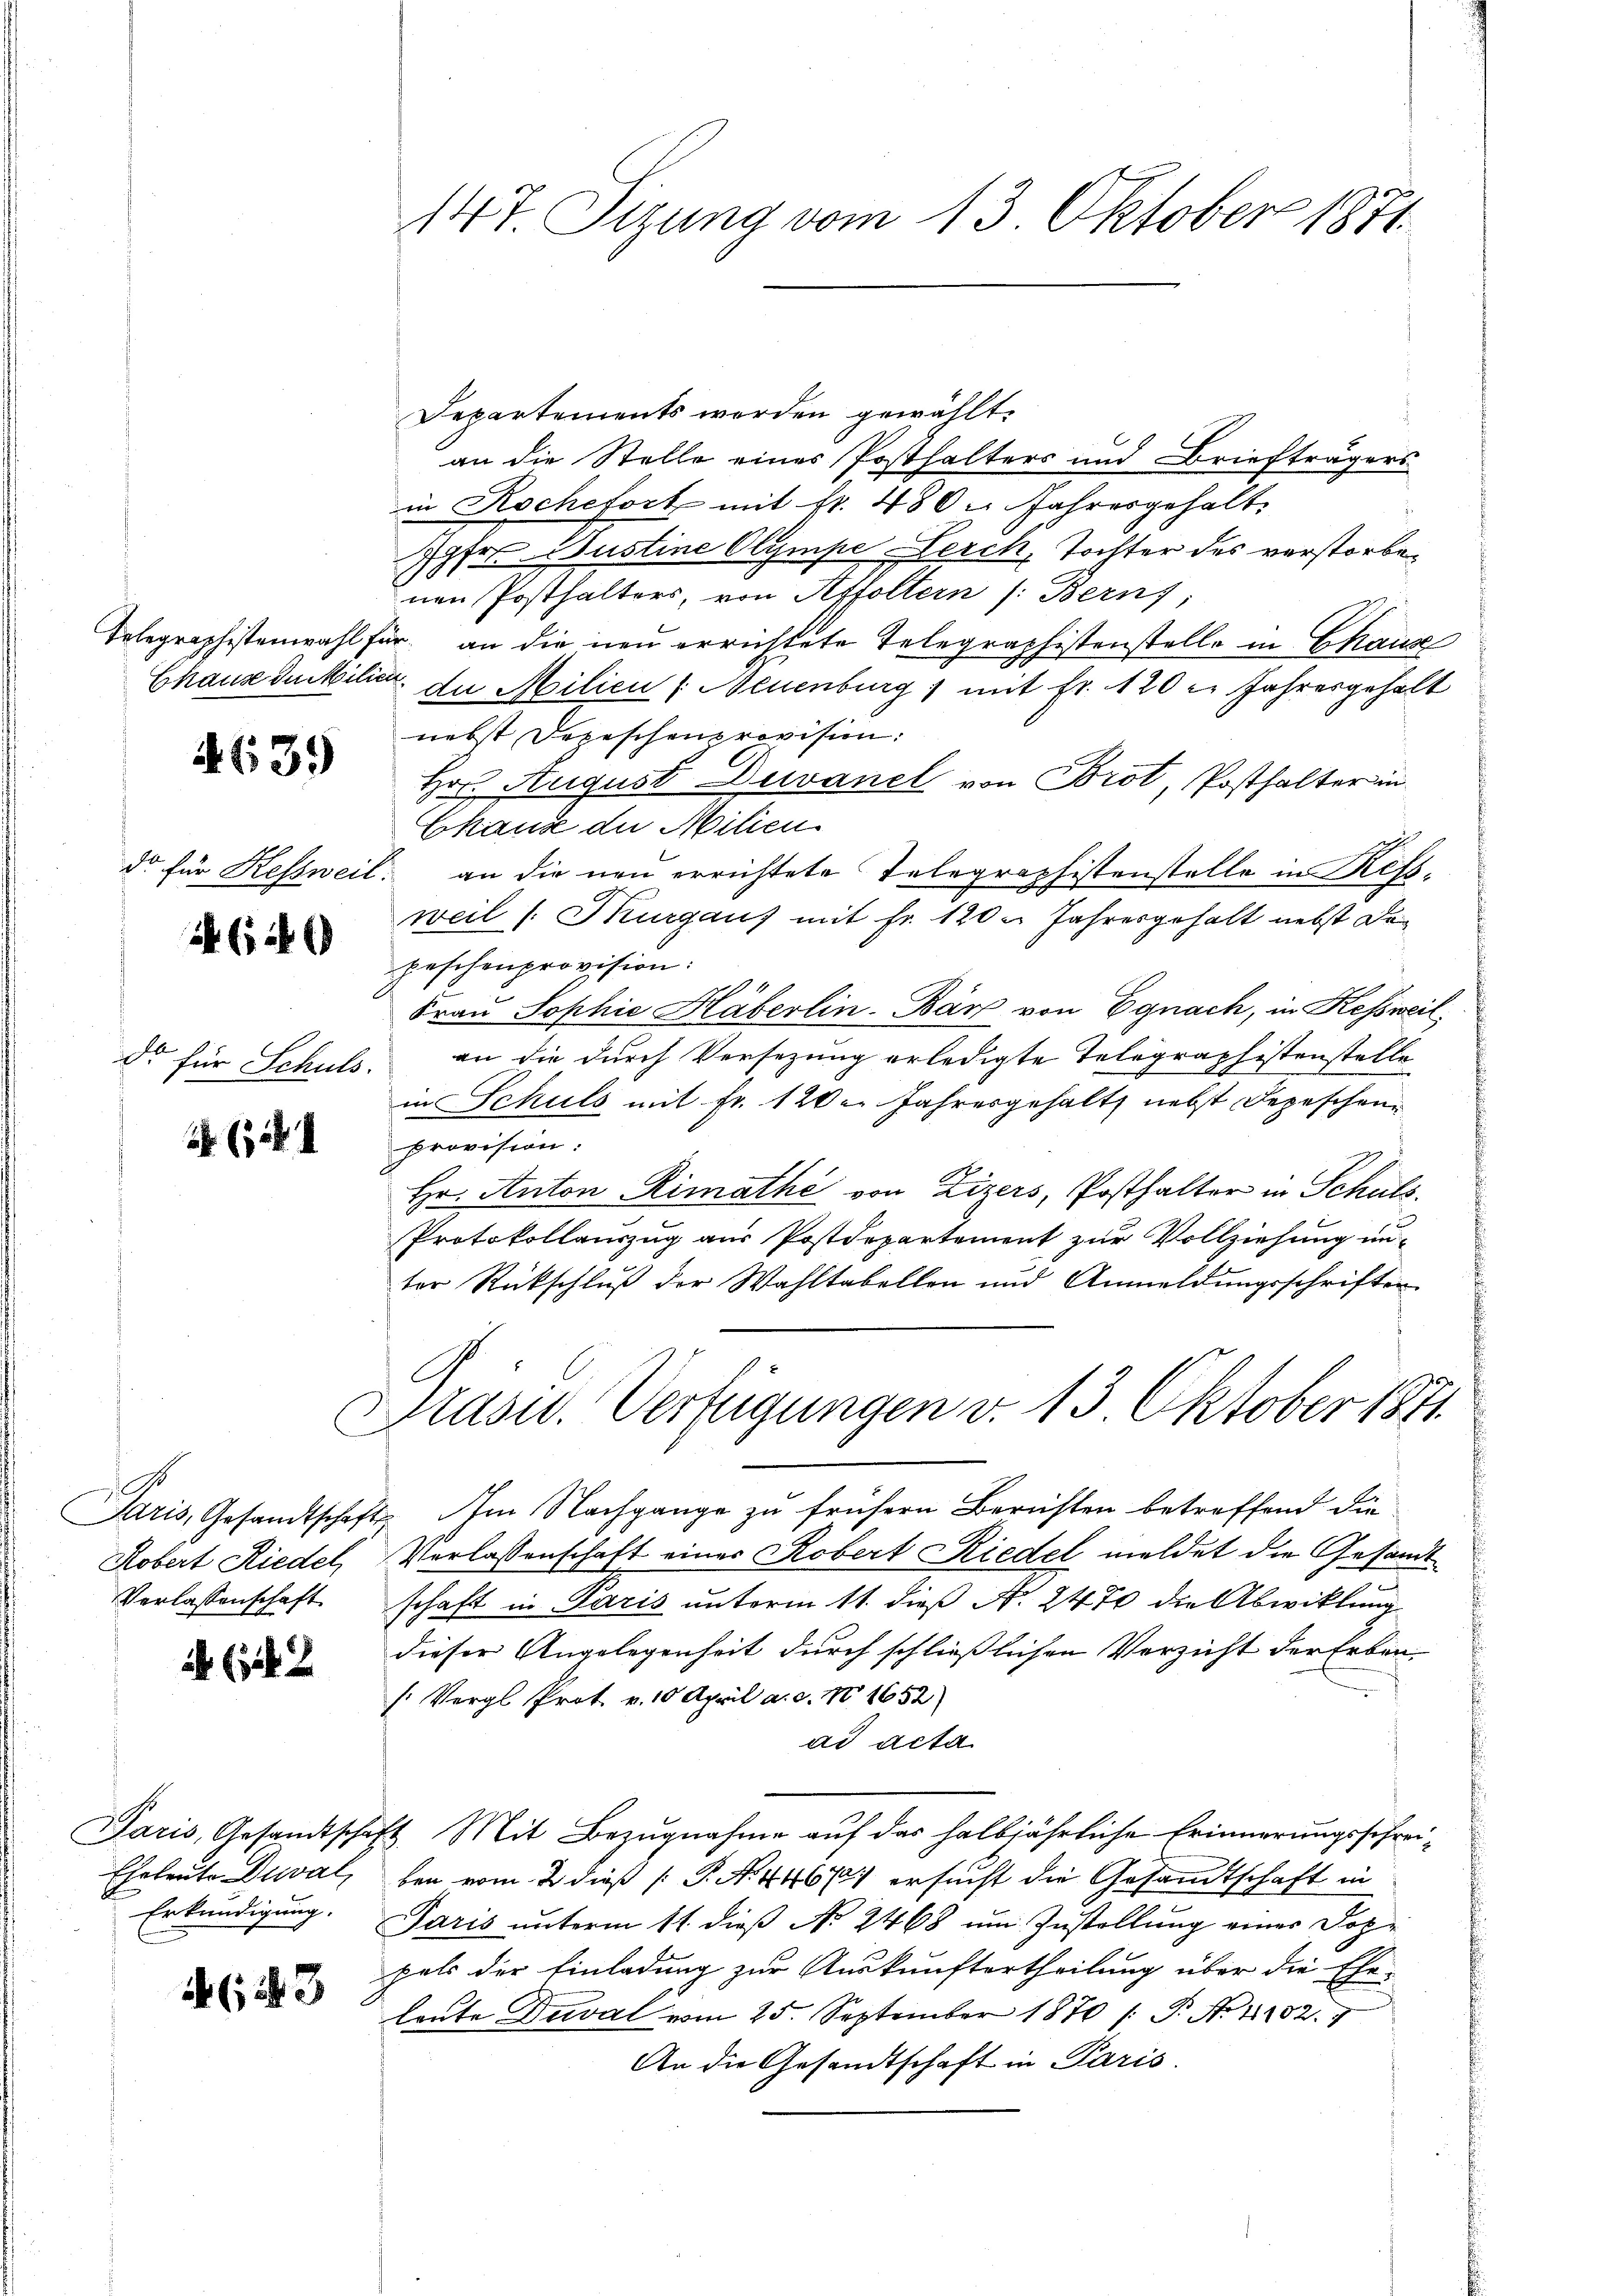
147. Sizung vom 13. Oktober 1871

Departements werden gewählt.
an die Stelle eines Posthalters und Briefträgers
in Rochefort mit Fr. 480. Jahresgehalt
Jpfer Justine Olympe Lerch, Tochter des verstorbenen Posthalters, von Affoltern /: Bern;
Telegraphistenwahl für an die neu errichtete Telegraphistenstelle in Chause
Chause du kilien zu Milien (Neuenburg mit Fr. 120 l. Jahresgehalt
nebst Depeschenprovision:
Hrn. August Duvanel von Brot, Posthalter in
Ekauze der Milien.
do für Kessweil an die neu errichtete Telegraphistenstelle in Refsweil (Murgaus mit Fr. 120. Jahresgehalt nebst de
peschenprovision:
Frau Sophie Häberlin-Bär von Egnach, in Kessweil
an die durch Versezung erledigte Telegraphistenstelle
in Schuls mit Fr. 120. Jahresgehalt nebst Depeschen
Provision:
Hr. Anton Rimathe von Zizers, Posthalter in Schuls
Protokollauszug aus Postdepartement zur Vollziehung un-
ter Rückschluß der Wahltabellen und Anmeldungsschriften
Präsid. Verfügungen v. 13. Oktober 1871
2
Saris, Gesandtschaft. Im Nachgange zu frühern Berichten betreffend die
Robert Riedel, Verlassenschaft einer Robert Riedel meldet die Gesandt¬
Verlassenschaft schaft in Paris unterm 11. dieß N. 2470 die Abwicklung
dieser Angelegenheit durch schließlichen Verzicht der Erben-
[Vergl. Prot v. 10 April a. c. No 1652
ad acta
Paris, Gesandtschaft. Mit Bezugnahme auf das halbjährliche Erinnerungsschrei¬
Eheleute Dial, bei vom 2. dieß P. N. 446 ersucht die Gesandtschaft in
Erkundigung. Paris unterm 11. dieß No. 2468 um Zustellung eines Doppals der Einladung zur Auskunftertheilung über die Ehe-
leute Deval vom 25. September 1870 /: P. Nr. 4102. 7
An die Gesandtschaft in Paris.

4639

(ich

E
Dr für Schuls.

2 (134

1

1 (12

(43